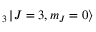
_ 3 \mathinner { | { J = 3 , m _ { J } = 0 } \rangle }